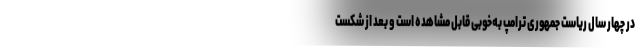
در چهار سال ریاست جمهوری ترامپ به‌خوبی قابل مشاهده است و بعد از شکست